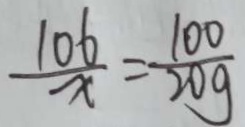
\frac { 1 0 6 } { x } = \frac { 1 0 0 } { 2 0 g }